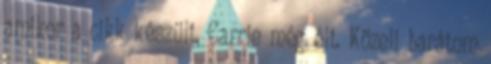
amikor a cikk készült, Carrie még élt. Közeli barátom